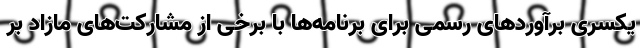
یکسری برآوردهای رسمی برای برنامه‌ها با برخی از مشارکت‌های مازاد بر